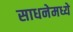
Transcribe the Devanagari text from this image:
साधनेमध्ये